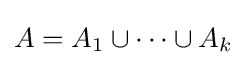
A=A_{1}\cup \cdots \cup A_{k}